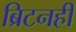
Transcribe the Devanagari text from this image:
ब्रिटनही